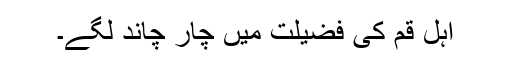
اہل قم کی فضیلت میں چار چاند لگے۔